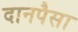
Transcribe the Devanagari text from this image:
दानपैसा